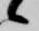
候